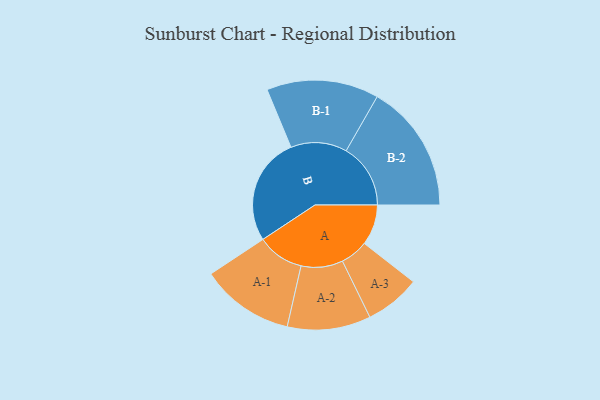
{"axis": {"x": "Segment", "y": "Value"}, "legend": ["", "A", "B"], "data": [{"x": "A", "y": 152, "type": ""}, {"x": "B", "y": 404, "type": ""}, {"x": "A-1", "y": 175, "type": "A"}, {"x": "A-2", "y": 156, "type": "A"}, {"x": "A-3", "y": 104, "type": "A"}, {"x": "B-1", "y": 210, "type": "B"}, {"x": "B-2", "y": 241, "type": "B"}]}